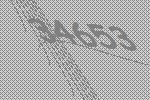
34653